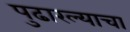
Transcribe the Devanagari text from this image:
पुढारल्याचा